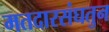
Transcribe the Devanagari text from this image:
मतदारसंघतुन